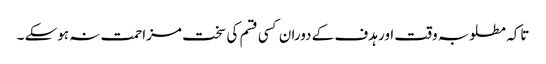
تاکہ مطلوبہ وقت اور ہدف کے دوران کسی قسم کی سخت مزاحمت نہ ہوسکے ۔